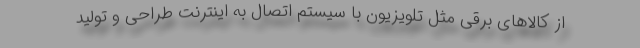
از کالاهای برقی مثل تلویزیون با سیستم اتصال به اینترنت طراحی و تولید